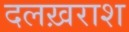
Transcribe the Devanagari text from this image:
दलख़राश